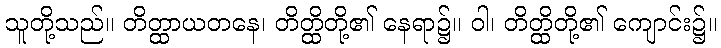
သူတို့သည်။ တိတ္ထာယတနေ၊ တိတ္ထိတို့၏ နေရာ၌။ ဝါ၊ တိတ္ထိတို့၏ ကျောင်း၌။